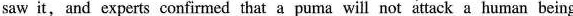
saw it, and experts confirmed that a puma will not attack a human being